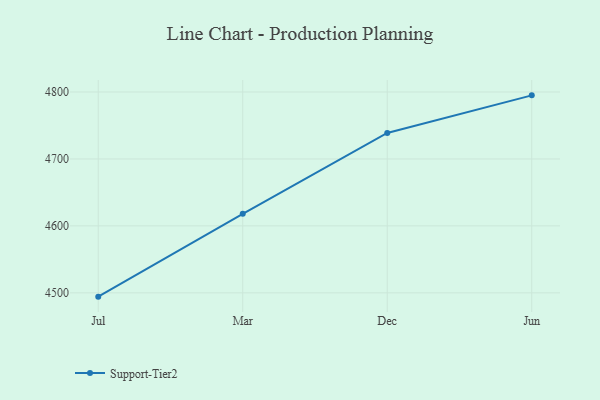
{"axis": {"x": "Month", "y": "Headcount"}, "legend": ["Support-Tier2"], "data": [{"x": "Jul", "y": 4494.3, "type": "Support-Tier2"}, {"x": "Mar", "y": 4618.0, "type": "Support-Tier2"}, {"x": "Dec", "y": 4738.9, "type": "Support-Tier2"}, {"x": "Jun", "y": 4795.0, "type": "Support-Tier2"}]}